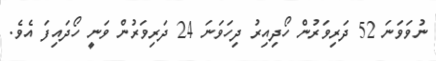
ނުވަވަނަ 52 ދަރިވަރުން ހޯދިއިރު ދިހަވަނަ 24 ދަރިވަރުން ވަނީ ހޯދައިފަ އެވެ.